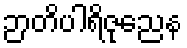
ဉာတိပါရိဇုညေန